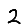
Digit: 2